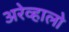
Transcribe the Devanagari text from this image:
अरेव्हालो